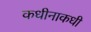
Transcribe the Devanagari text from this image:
कधीनाकधी